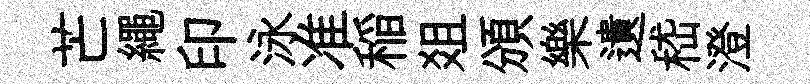
芒繩印泳准稲爼頒樂遺嵇澄